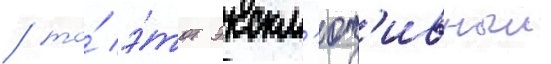
/ то́ э́тот экскл'юз'ивныи